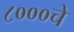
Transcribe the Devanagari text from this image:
८०००चे